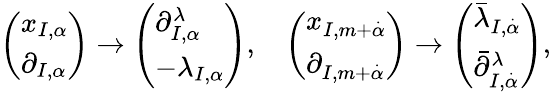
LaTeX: \left(\begin{array}{l}{x_{I,\alpha}}\\ {\partial_{I,\alpha}}\end{array}\right)\rightarrow\left(\begin{array}{l}{\partial_{I,\alpha}^{\lambda}}\\ {-\lambda_{I,\alpha}}\end{array}\right),\ \ \ \left(\begin{array}{l}{x_{I,m+\stackrel{\cdot}\alpha}}\\ {\partial_{I,m+\stackrel{\cdot}\alpha}}\end{array}\right)\rightarrow\left(\begin{array}{l}{\bar{\lambda}_{I,\stackrel{\cdot}\alpha}}\\ {\bar{\partial}_{I,\stackrel{\cdot}\alpha}^{\lambda}}\end{array}\right),